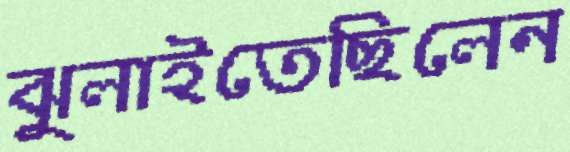
ঝুলাইতেছিলেন